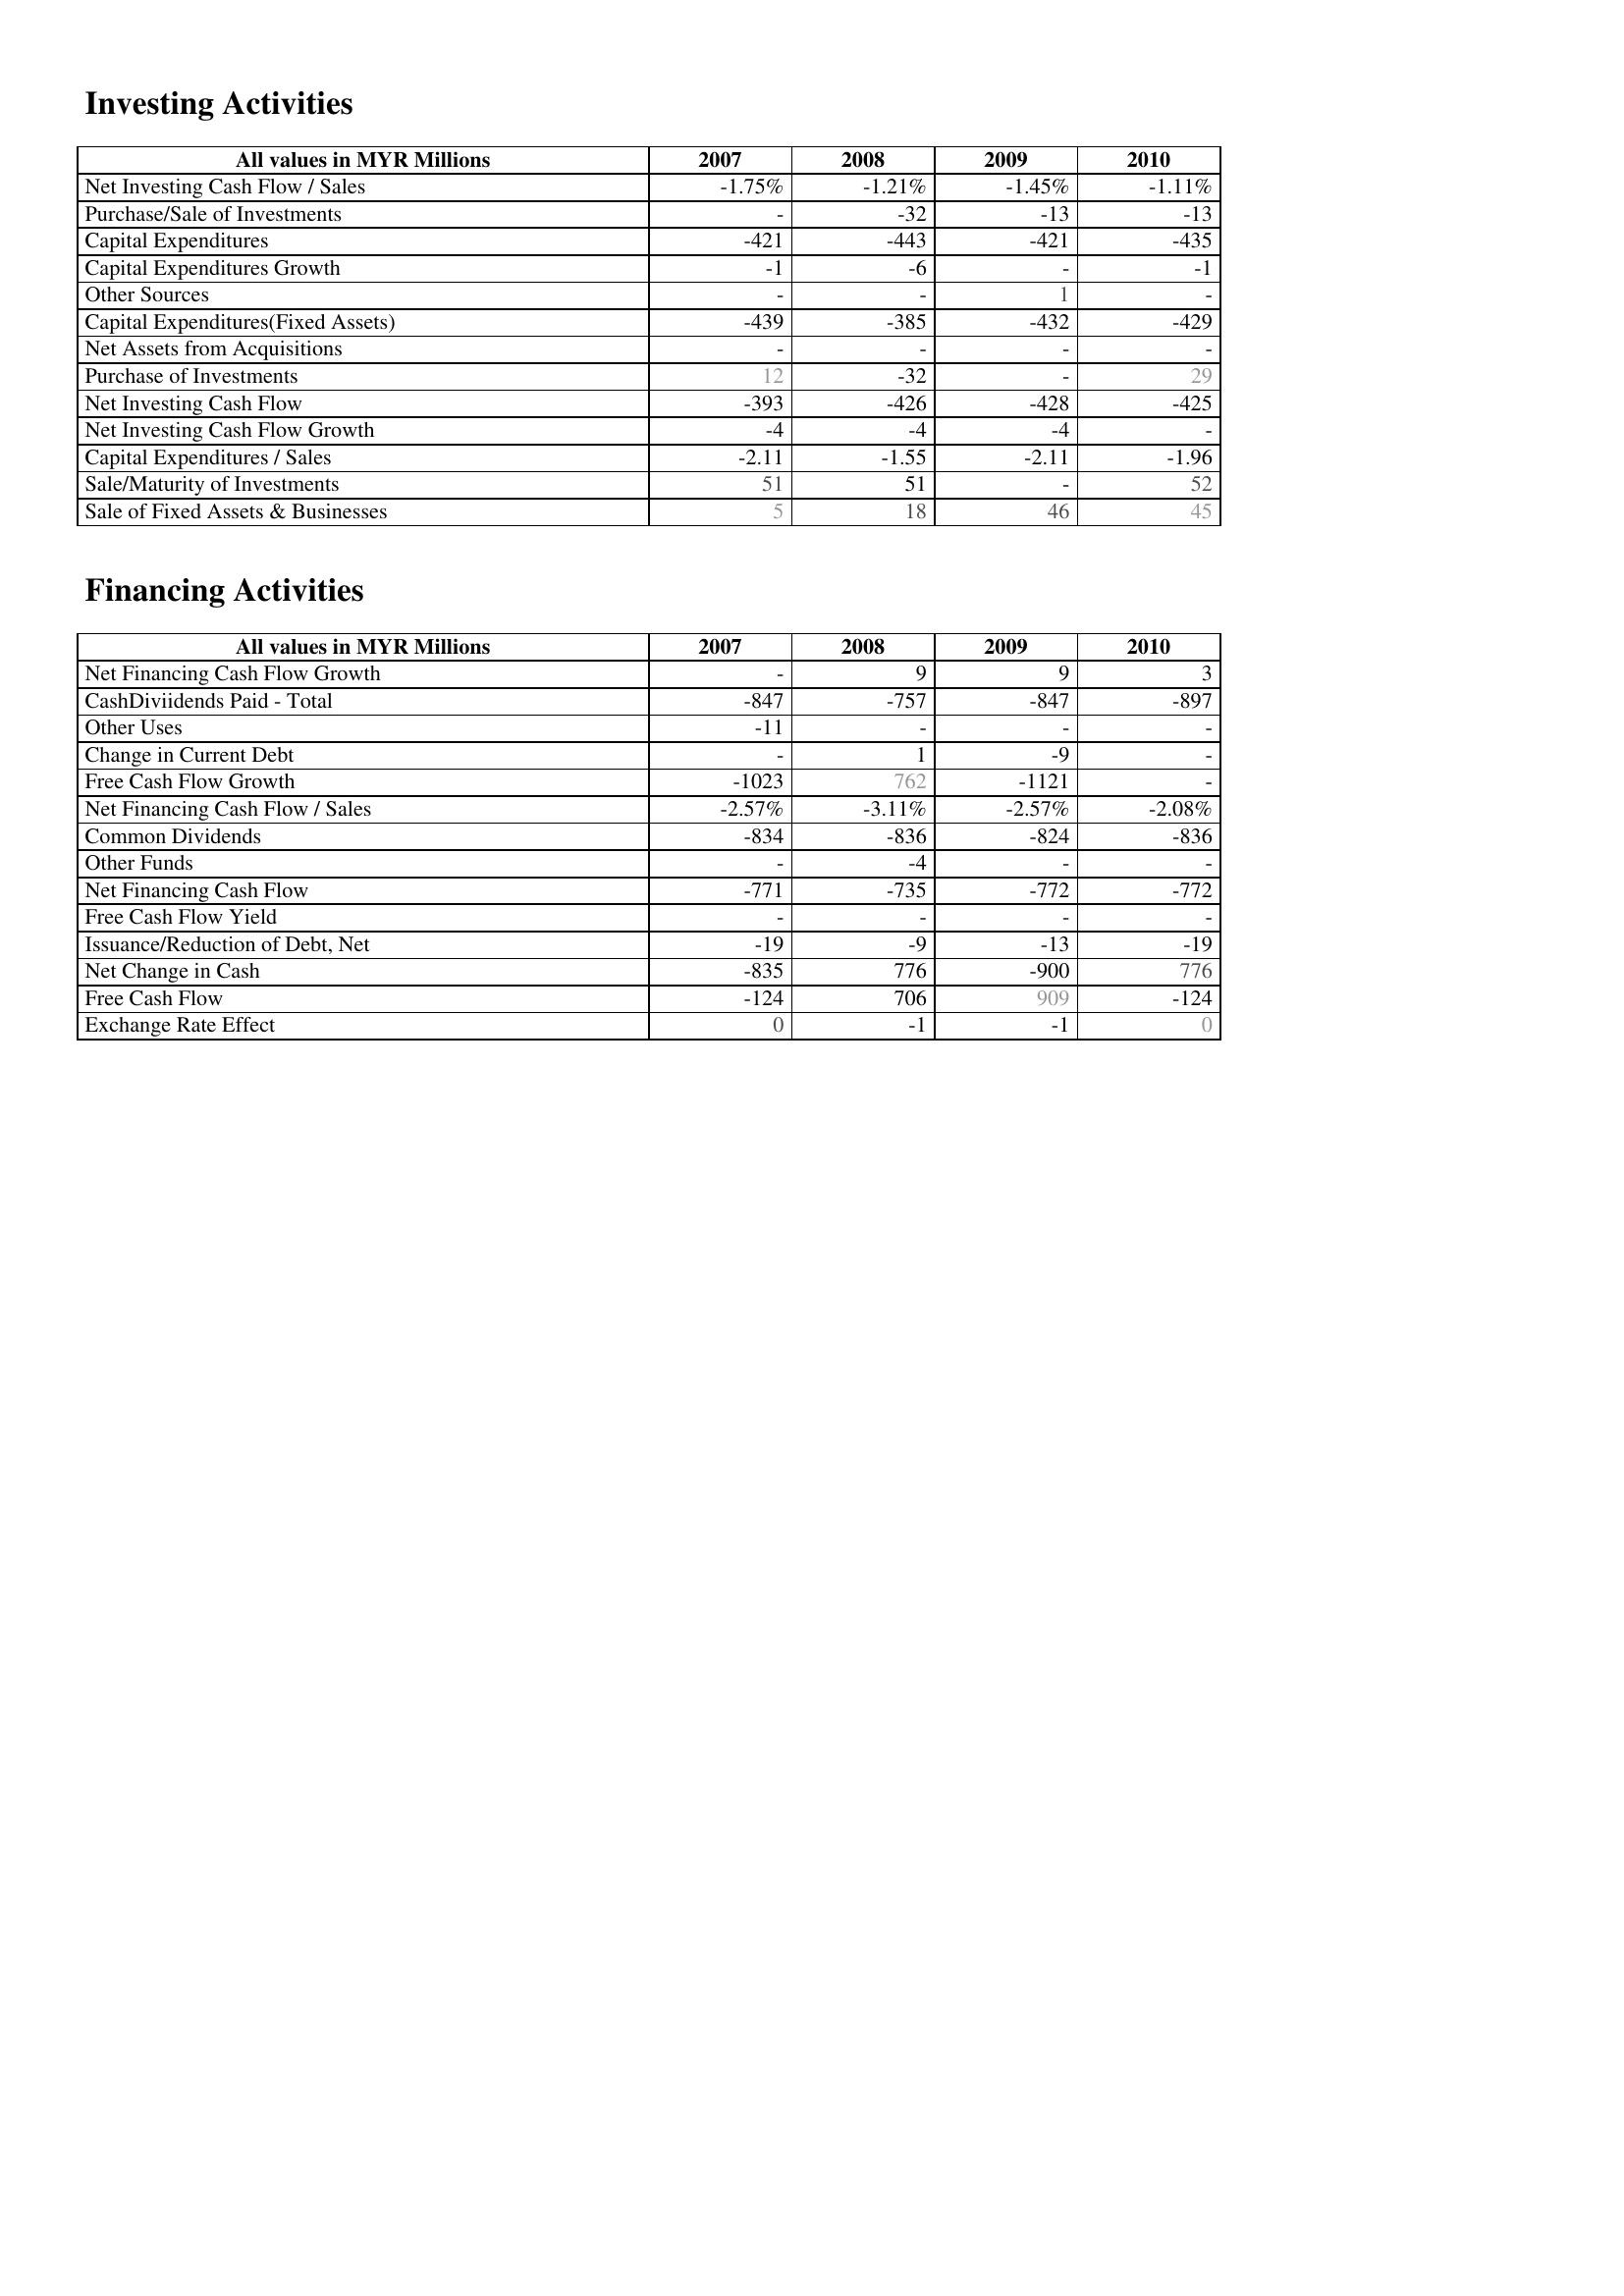
2007: Investing Activities: Net Investing Cash Flow / Sales: -1.75%
Purchase/Sale of Investments: -
Capital Expenditures: -421
Capital Expenditures Growth: -1
Other Sources: -
Capital Expenditures(Fixed Assets): -439
Net Assets from Acquisitions: -
Purchase of Investments: 12
Net Investing Cash Flow: -393
Net Investing Cash Flow Growth: -4
Capital Expenditures / Sales: -2.11
Sale/Maturity of Investments: 51
Sale of Fixed Assets & Businesses: 5
Financing Activities: Net Financing Cash Flow Growth: -
CashDiviidends Paid - Total: -847
Other Uses: -11
Change in Current Debt: -
Free Cash Flow Growth: -1023
Net Financing Cash Flow / Sales: -2.57%
Common Dividends: -834
Other Funds: -
Net Financing Cash Flow: -771
Free Cash Flow Yield: -
Issuance/Reduction of Debt, Net: -19
Net Change in Cash: -835
Free Cash Flow: -124
Exchange Rate Effect: 0
2008: Investing Activities: Net Investing Cash Flow / Sales: -1.21%
Purchase/Sale of Investments: -32
Capital Expenditures: -443
Capital Expenditures Growth: -6
Other Sources: -
Capital Expenditures(Fixed Assets): -385
Net Assets from Acquisitions: -
Purchase of Investments: -32
Net Investing Cash Flow: -426
Net Investing Cash Flow Growth: -4
Capital Expenditures / Sales: -1.55
Sale/Maturity of Investments: 51
Sale of Fixed Assets & Businesses: 18
Financing Activities: Net Financing Cash Flow Growth: 9
CashDiviidends Paid - Total: -757
Other Uses: -
Change in Current Debt: 1
Free Cash Flow Growth: 762
Net Financing Cash Flow / Sales: -3.11%
Common Dividends: -836
Other Funds: -4
Net Financing Cash Flow: -735
Free Cash Flow Yield: -
Issuance/Reduction of Debt, Net: -9
Net Change in Cash: 776
Free Cash Flow: 706
Exchange Rate Effect: -1
2009: Investing Activities: Net Investing Cash Flow / Sales: -1.45%
Purchase/Sale of Investments: -13
Capital Expenditures: -421
Capital Expenditures Growth: -
Other Sources: 1
Capital Expenditures(Fixed Assets): -432
Net Assets from Acquisitions: -
Purchase of Investments: -
Net Investing Cash Flow: -428
Net Investing Cash Flow Growth: -4
Capital Expenditures / Sales: -2.11
Sale/Maturity of Investments: -
Sale of Fixed Assets & Businesses: 46
Financing Activities: Net Financing Cash Flow Growth: 9
CashDiviidends Paid - Total: -847
Other Uses: -
Change in Current Debt: -9
Free Cash Flow Growth: -1121
Net Financing Cash Flow / Sales: -2.57%
Common Dividends: -824
Other Funds: -
Net Financing Cash Flow: -772
Free Cash Flow Yield: -
Issuance/Reduction of Debt, Net: -13
Net Change in Cash: -900
Free Cash Flow: 909
Exchange Rate Effect: -1
2010: Investing Activities: Net Investing Cash Flow / Sales: -1.11%
Purchase/Sale of Investments: -13
Capital Expenditures: -435
Capital Expenditures Growth: -1
Other Sources: -
Capital Expenditures(Fixed Assets): -429
Net Assets from Acquisitions: -
Purchase of Investments: 29
Net Investing Cash Flow: -425
Net Investing Cash Flow Growth: -
Capital Expenditures / Sales: -1.96
Sale/Maturity of Investments: 52
Sale of Fixed Assets & Businesses: 45
Financing Activities: Net Financing Cash Flow Growth: 3
CashDiviidends Paid - Total: -897
Other Uses: -
Change in Current Debt: -
Free Cash Flow Growth: -
Net Financing Cash Flow / Sales: -2.08%
Common Dividends: -836
Other Funds: -
Net Financing Cash Flow: -772
Free Cash Flow Yield: -
Issuance/Reduction of Debt, Net: -19
Net Change in Cash: 776
Free Cash Flow: -124
Exchange Rate Effect: 0